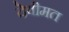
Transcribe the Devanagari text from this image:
देवीमत